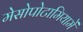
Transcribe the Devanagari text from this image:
मेसोपोटामियामें